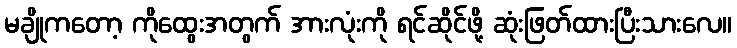
မချိုကတော့ ကိုထွေးအတွက် အားလုံးကို ရင်ဆိုင်ဖို့ ဆုံးဖြတ်ထားပြီးသားလေ။